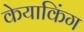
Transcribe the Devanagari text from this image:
केयाकिंग